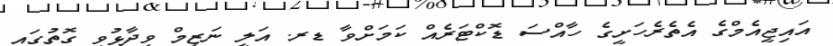
އައިޖީއެމްގެ އެތެރެހަށީގެ ހާއްސަ ޑޮކްޓަރެއް ކަމަށްވާ ޑރ. އަލީ ނަޒީމް ވިދާޅުވި ގޮތުގައި